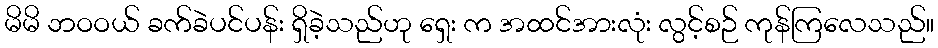
မိမိ ဘဝဝယ် ခက်ခဲပင်ပန်း ရှိခဲ့သည်ဟု ရှေး က အထင်အားလုံး လွင့်စဉ် ကုန်ကြလေသည်။